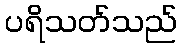
ပရိသတ်သည်